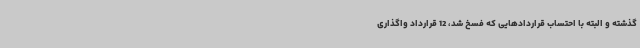
گذشته و البته با احتساب قراردادهایی که فسخ شد، 12 قرارداد واگذاری